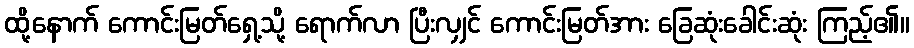
ထို့နောက် ကောင်းမြတ်ရှေ့သို့ ရောက်လာ ပြီးလျှင် ကောင်းမြတ်အား ခြေဆုံးခေါင်းဆုံး ကြည့်၏။